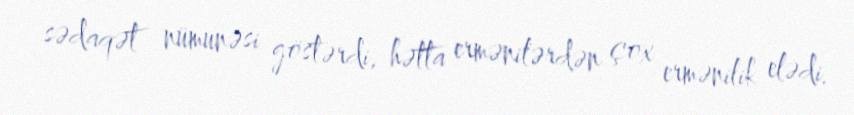
sədaqət nümunəsi göstərdi, hətta ermənilərdən çox ermənilik elədi.